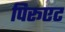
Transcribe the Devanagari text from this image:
पिरूएट